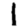
Digit: 1